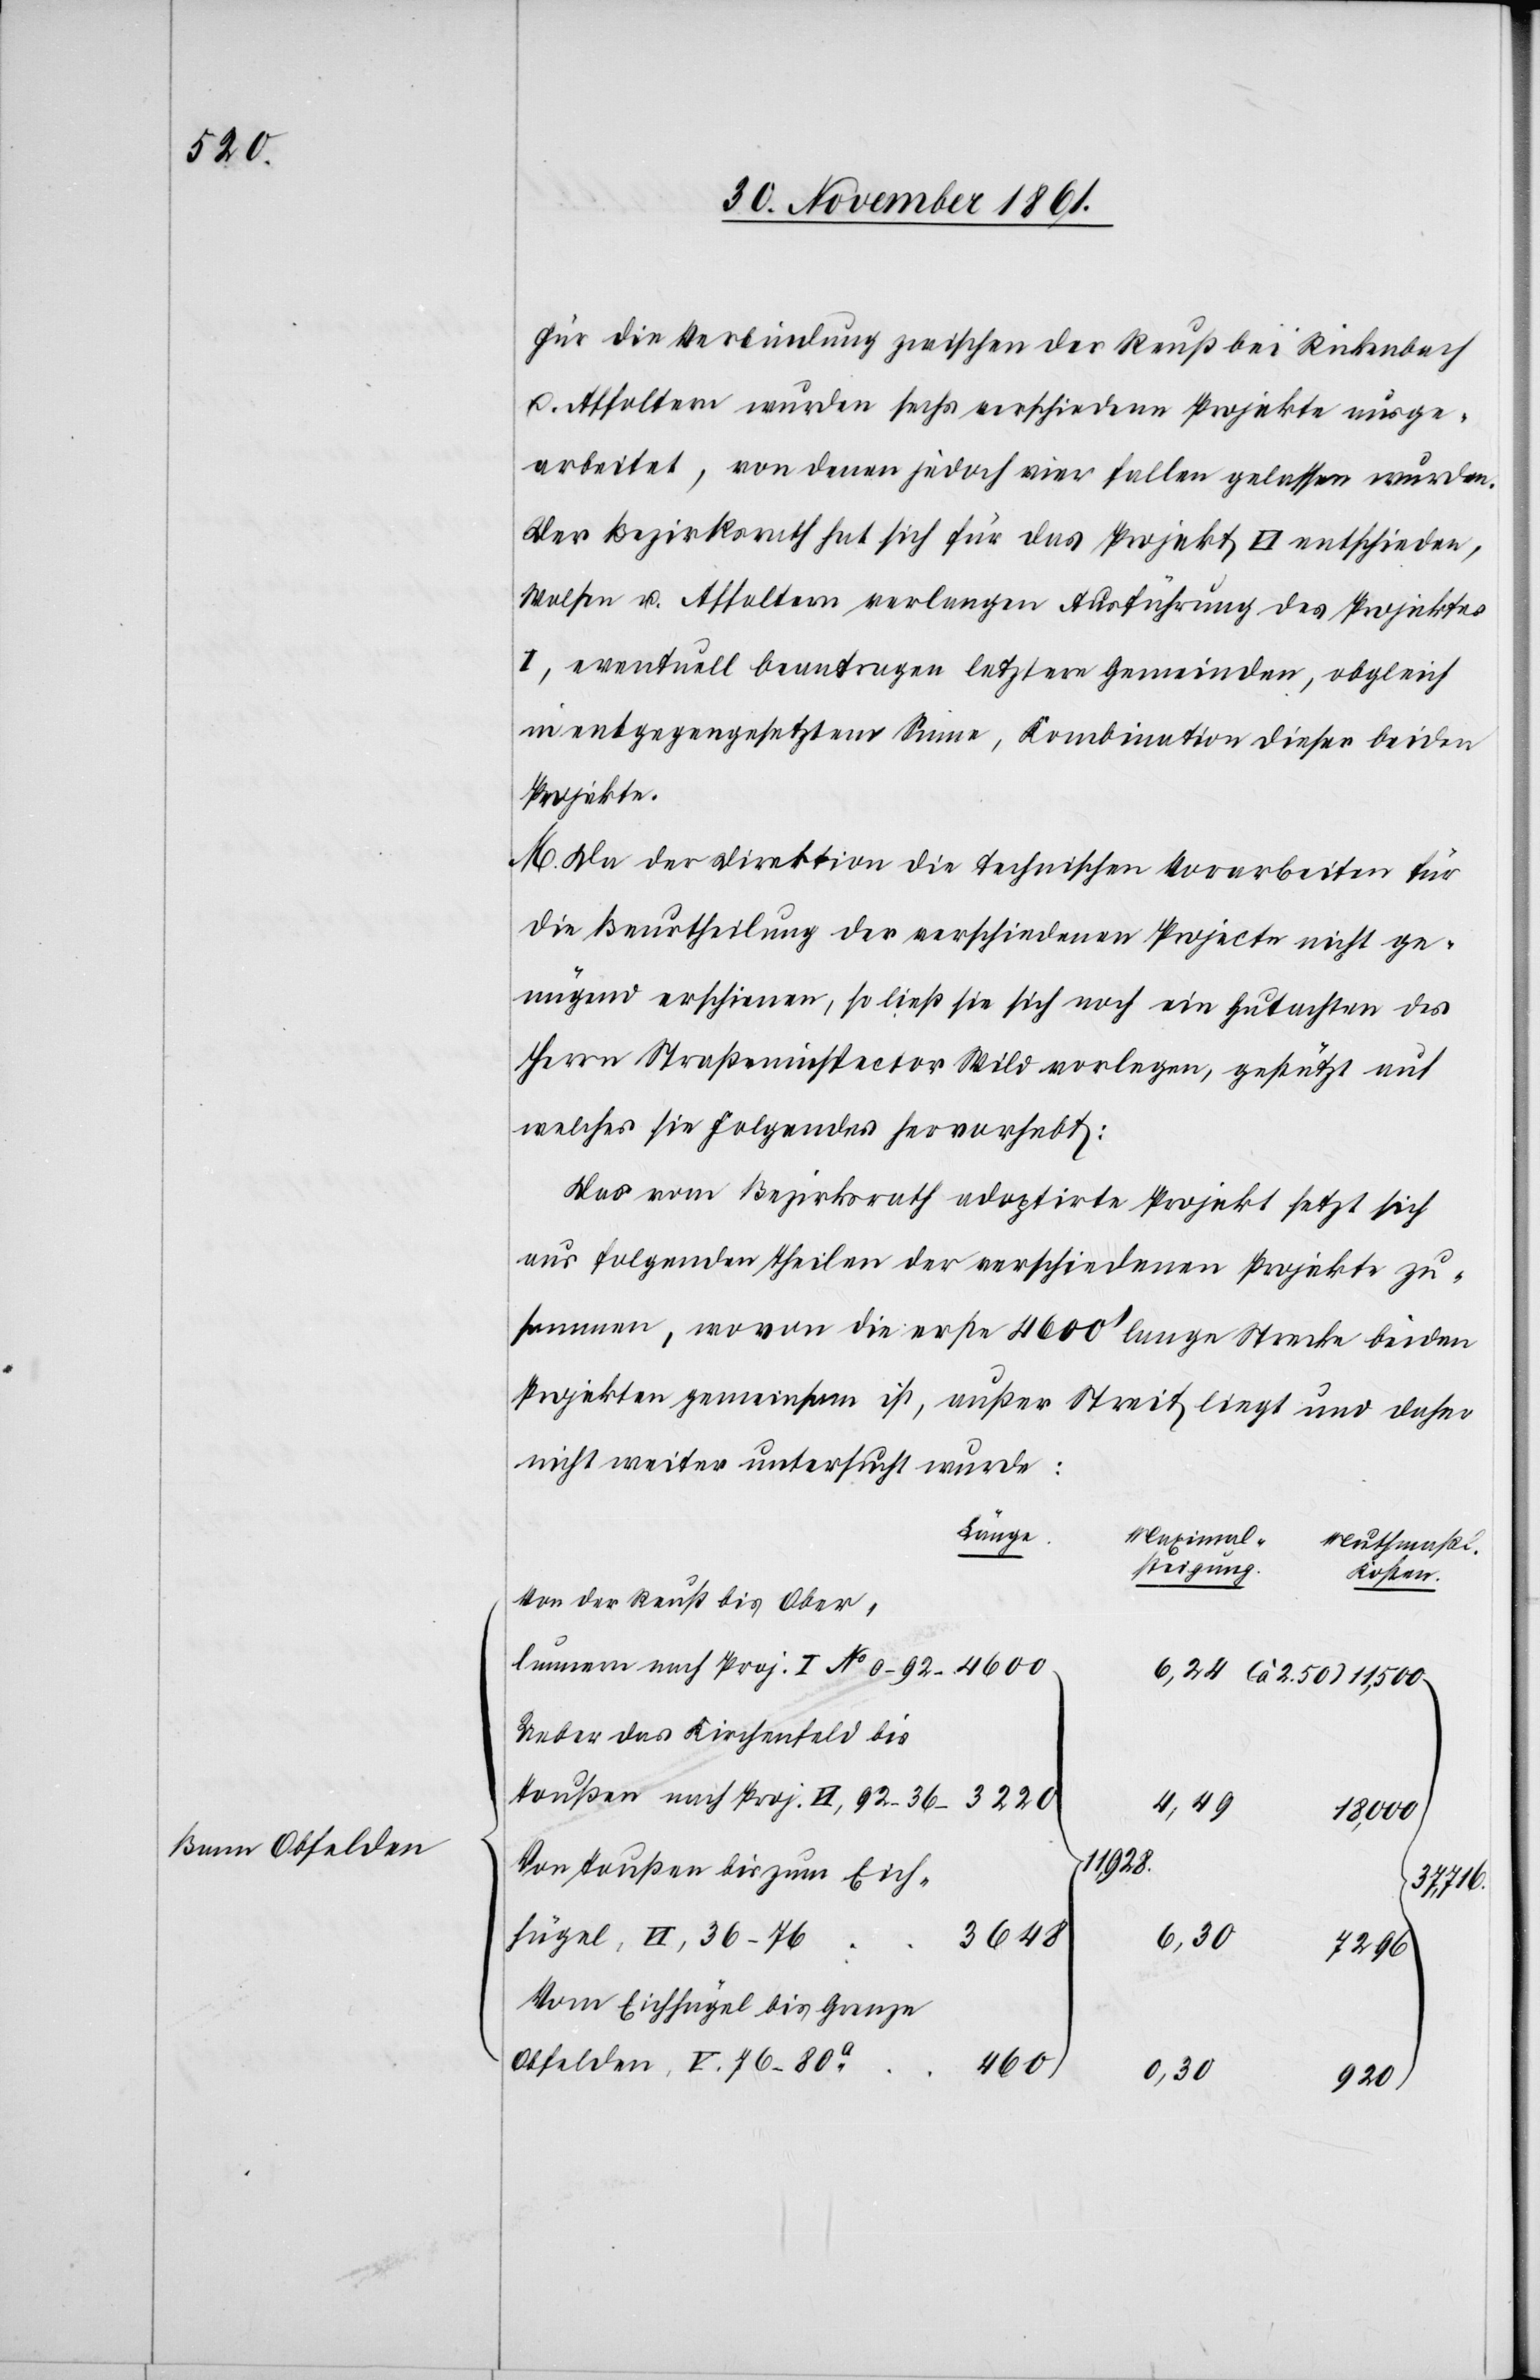
e Obfelden,

Für die Verbindung zwischen der Reuß bei Rickenbach
u. Affoltern wurden sechs verschiedene Projekte ausge¬
arbeitet, von denen jedoch vier fallen gelassen wurden.
Der Bezirksrath hat sich für das Projekt VI entschieden,
Wolsen u. Affoltern verlangten Ausführung des Projektes
I, eventuell beantragen letztere Gemeinden, obgleich
in entgegengesetztem Sinne, Kombination dieser beiden
Projekte.
M. Da der Direktion die technischen Vorarbeiten für
die Beurtheilung der verschiedenen Projecte nicht ge¬
nügend erschienen, so ließ sie sich noch ein Gutachten des
Herrn Straßeninspector Wild vorlegen, gestützt auf
welches sie Folgendes hervorhebt:
Das vom Bezirksrath adoptirte Projekt setzt sich
aus folgenden Theilen der verschiedenen Projekte zu¬
sammen, wovon die erste 4600’ lange Strecke beiden
Projekten gemeinsam ist, außer Streit liegt und daher
nicht weiter untersucht wurde;
Länge
Kosten
Von der Reuß bis Ober¬
lunnern nach Proj. I No 0–92
Ueber das Kirchenfeld bis
4,49
Proj.
Muthmaßl.
Von Toußen bis zum Eich¬
37,716
3648
hügel, VI, 36–76
6,30
7296
Vom Eichhügel bis Grenz¬
11,928
920